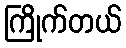
ကြိုက်တယ်